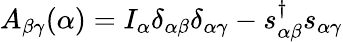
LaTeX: A_{\beta\gamma}(\alpha)=I_{\alpha}\delta_{\alpha\beta}\delta_{\alpha\gamma}-s_{\alpha\beta}^{\dagger}s_{\alpha\gamma}